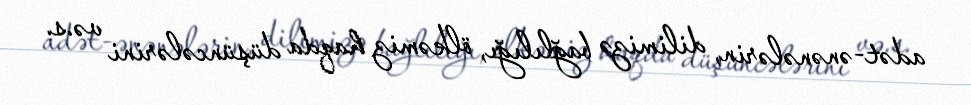
adət-ənənələrin, dilimizə bağlılığı, ölkəmiz haqda düşüncələrini və.s.